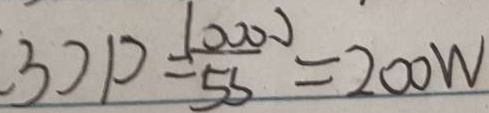
3 ) p = \frac { 1 0 0 0 } { 5 5 } = 2 0 0 W